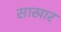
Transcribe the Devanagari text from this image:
साखार